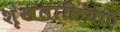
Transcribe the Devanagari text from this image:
शृंखलाक्रियाएँ